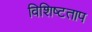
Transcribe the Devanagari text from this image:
विशिष्टताप